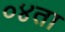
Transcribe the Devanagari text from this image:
०४ता